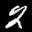
Label: 2